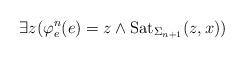
LaTeX: \begin{align*}\exists z (\varphi^n_e(e) = z \land \mathrm{Sat}_{\Sigma_{n+1}}(z,x))\end{align*}